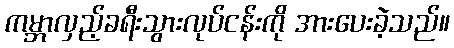
ကမ္ဘာလှည့်ခရီးသွားလုပ်ငန်းကို အားပေးခဲ့သည်။